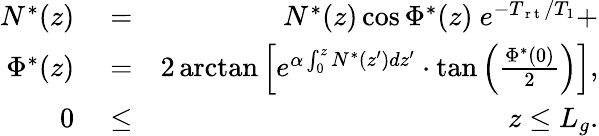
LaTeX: \begin{array}{rlr}{N^{*}(z)}&{{}=}&{N^{*}(z)\cos\Phi^{*}(z)\ e^{-T_{\mathrm{~r~t~}}/T_{1}}+}\\ {\Phi^{*}(z)}&{{}=}&{2\arctan\Big[e^{\alpha\int_{0}^{z}N^{*}(z^{\prime})dz^{\prime}}\cdot\tan\Big(\frac{\Phi^{*}(0)}{2}\Big)\Big],}\\ {0}&{{}\le}&{z\le L_{g}.}\end{array}